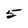
Character: 5